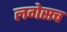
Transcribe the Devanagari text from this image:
लगेसच